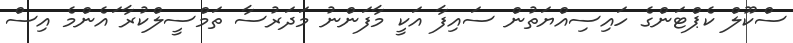
ސްކޫލް ކެޕްޓަންގެ ހައިސިއްޔަތުން ސައިފާ އަކީ މާފަންނު މަދަރުސާ ތަމްސީލްކުރާ ައެންމެ އިސް